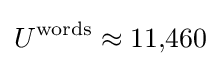
U^{\text{words}}\approx 11{,}460